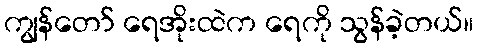
ကျွန်တော် ရေအိုးထဲက ရေကို သွန်ခဲ့တယ်။